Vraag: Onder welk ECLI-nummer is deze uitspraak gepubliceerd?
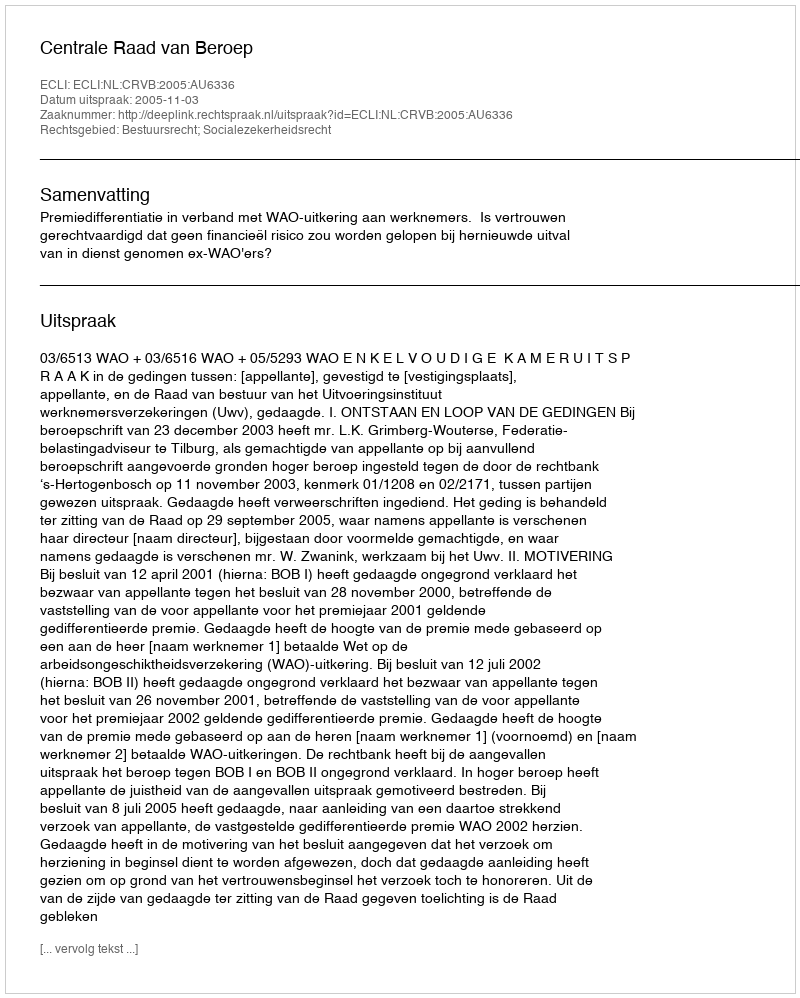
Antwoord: ECLI:NL:CRVB:2005:AU6336